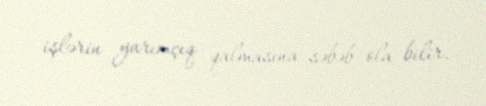
işlərin yarımçıq qalmasına səbəb ola bilir.